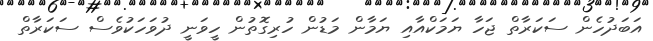
އަބަދުހެން ސަކަރާތް ޖަހާ ޔަމަކްއާއި ޔަމާން މަޑުން ހުރިގޮތުން ހީވަނީ ދުވަހަކުވެސް ސަކަރާތް